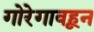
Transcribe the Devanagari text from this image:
गोरेगावहून